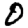
Digit: 0